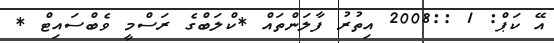
އޭ ކަޕް: 1 ::2008 އިތުރު ފާލަންތައް *ކްލަބްގެ ރަސްމީ ވެބްސައިޓް *